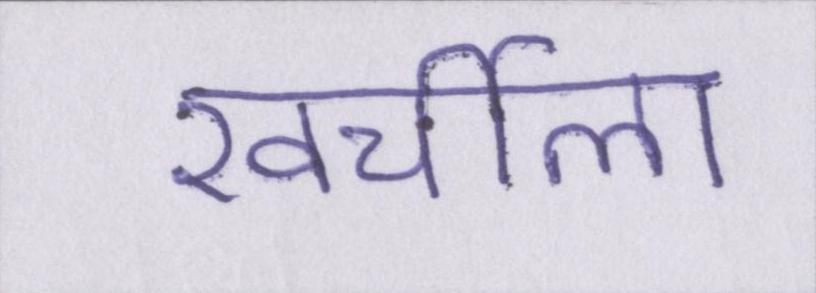
खर्चीला